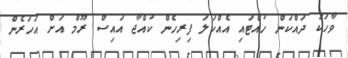
ވާހަކަ ދައްކަން ހުއްޓައި އެއްކަލަ ފިރިހެން ކުއްޖާ އައިސް ރޫމް އަށް އަހަރެން